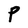
Character: P